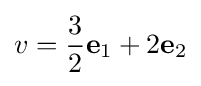
v={\frac {3}{2}}\mathbf {e} _{1}+2\mathbf {e} _{2}